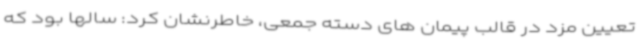
تعیین مزد در قالب پیمان های دسته جمعی، خاطرنشان کرد: سالها بود که